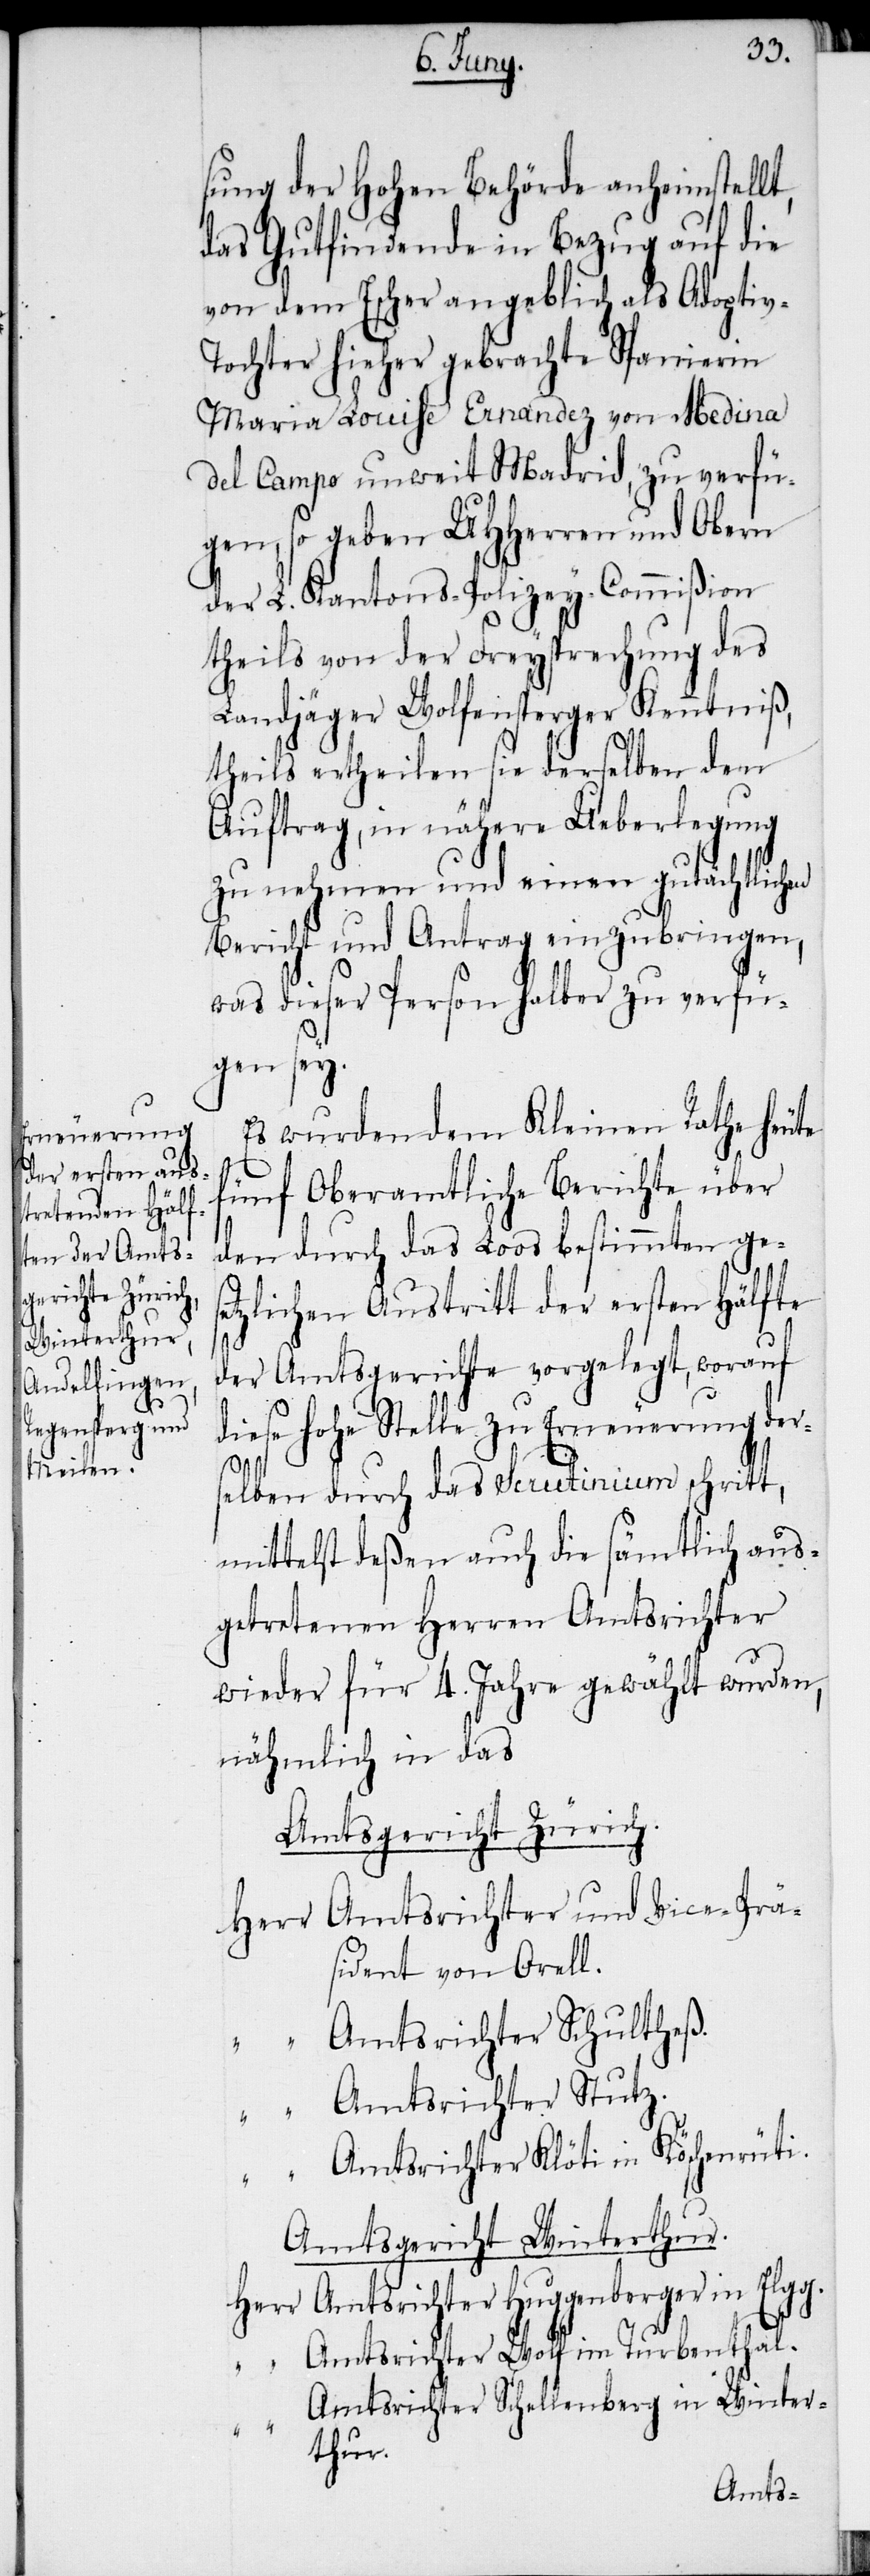
sung der Hohen Behörde anheimstellt,
das Gutfindende in Bezug auf die
von dem Escher angeblich als Adoptiv-T¬
ochter hieher gebrachte Spanierin
Maria Louise Ernandez von Medina
del Campo unweit Madrid, zu verfü¬
gen, so geben UHHerren und Obern
der L. Kantons-Polizey-Commißion
theils von der Freysprechung des
Landjäger Wolfensperger Kenntniß,
theils ertheilen sie derselben den
Auftrag, in nähere Ueberlegung
zu nehmen und einen gutächtlichen
Bericht und Antrag einzubringen,
was dieser Person halber zu verfü¬
gen sey.
Es wurden dem Kleinen Rathe heute
fünf Oberamtliche Berichte über
den durch das Loos bestimmten ges¬
etzlichen Austritt der ersten Hälfte
der Amtsgerichte vorgelegt, worauf
diese hohe Stelle zu Erneuerung der¬
selben durch das Scrutinium schritt,
mittelst deßen auch die sämtlich aus¬
getretenen Herren Amtsrichter
wieder für 4. Jahre gewählt wurden,
nähmlich in das
Amtsgericht Zürich.
Herr	Amtsrichter und Vice-Prä¬
sident von Orell.
“		Amtsrichter Schultheß.
“		Amtsrichter Stutz.
g..
“		Amtsrichter Klöti in Köschenrüti.
“		A¬
Amtsgericht Winterthur.
Herr	Amtsrichter Huggenberger in Elg¬
mtsrichter Wolf im Turbenthal.
“		A¬
mtsrichter Schellenberg in Winter¬
thur.